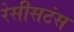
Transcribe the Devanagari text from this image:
रेसीसटंस